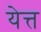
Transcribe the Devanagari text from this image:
येत्त